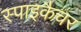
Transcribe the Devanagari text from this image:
स्पाइकैचर